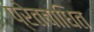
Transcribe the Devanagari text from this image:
प्रेतबाधित